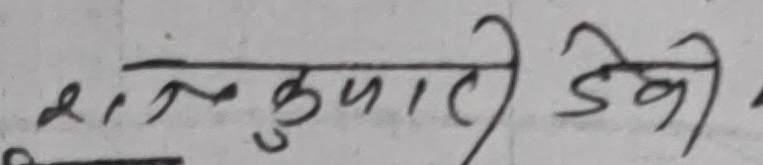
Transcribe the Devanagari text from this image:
शरकुमारी देवी